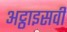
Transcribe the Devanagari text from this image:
अट्ठाइसवीं